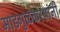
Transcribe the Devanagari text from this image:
माडगुळकरयांनी